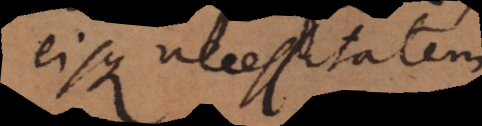
eisque necessitatem